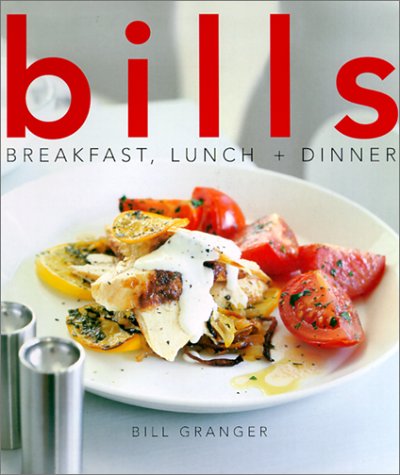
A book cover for Bills: Breakfast, Lunch + Dinner; Bill Granger; Cookbooks, Food & Wine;